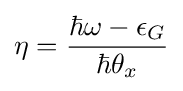
\eta ={{\hbar \omega -\epsilon _{G}} \over {\hbar \theta _{x}}}